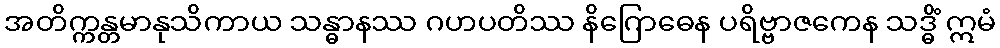
အတိက္ကန္တမာနုသိကာယ သန္ဓာနဿ ဂဟပတိဿ နိဂြောဓေန ပရိဗ္ဗာဇကေန သဒ္ဓိံ ဣမံ